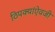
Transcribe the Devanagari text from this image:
ठिपक्यांऐवजी